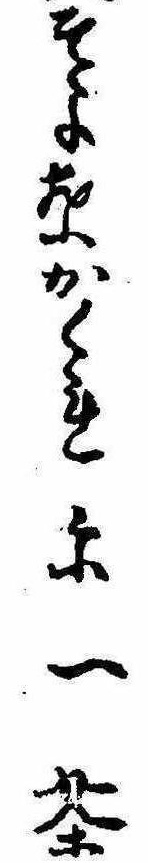
そよ葉かくれに一茶